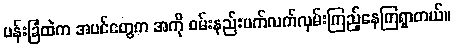
ပန်းခြံထဲက အပင်တွေက အကို ဝမ်းနည်းပက်လက်လှမ်းကြည့်နေကြရှာတယ်။